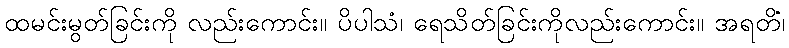
ထမင်းမွတ်ခြင်းကို လည်းကောင်း။ ပိပါသံ၊ ရေသိတ်ခြင်းကိုလည်းကောင်း။ အရတိံ၊